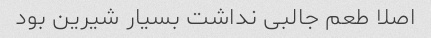
اصلا طعم جالبی نداشت بسیار شیرین بود